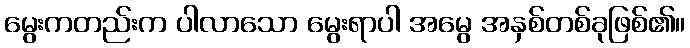
မွေးကတည်းက ပါလာသော မွေးရာပါ အမွေ အနှစ်တစ်ခုဖြစ်၏။